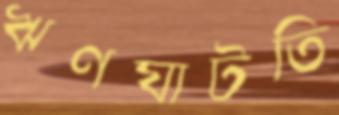
ঋণঘাটতি